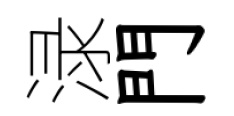
渌門